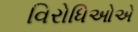
વિરોધિઓએ